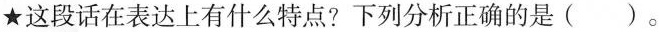
★这段话在表达上有什么特点？下列分析正确的是（）。